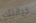
خيانتك